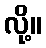
လို့။